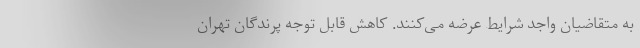
به متقاضیان واجد شرایط عرضه می‌کنند. کاهش قابل توجه پرندگان تهران